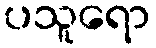
ပသူရော